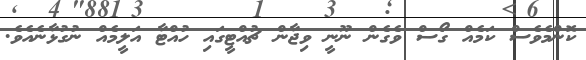
ކޮންމެވެސް ކަމެއް ގޯސް ވެގެން ނޫނީ ވިޖާން ޗުއްޓީގައި ހުއްޓާ އަލީމެއް ނުގުޅާނެއެވެ.